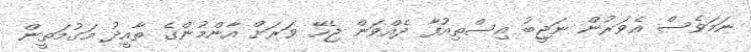
ނަމަވެސް އެވަރުން ނަޖީބު އިސްތިއުފާ ދެއްވަން ޖެހޭ ވަރަށް އާންމުންގެ ތާއީދު މަގުމަތީން